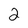
Character: 2